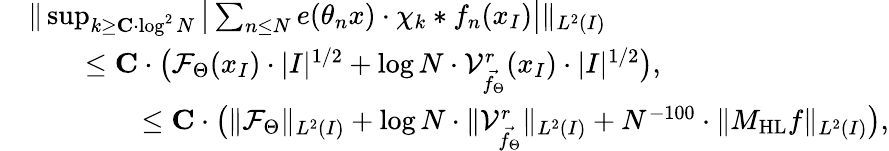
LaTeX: \begin{array}{rl}&{\| \operatorname*{sup}_{k\geq\mathbf{C}\cdot\log^{2}N}\big|\sum_{n\leq N}e(\theta_{n}x)\cdot\chi_{k}*f_{n}(x_{I})\big|\| _{L^{2}(I)}}\\ &{\qquad\leq\mathbf{C}\cdot\big(\mathcal{F}_{\Theta}(x_{I})\cdot|I|^{1/2}+\log N\cdot\mathcal{V}_{\vec{f_{\Theta}}}^{r}(x_{I})\cdot|I|^{1/2}\big),}\\ &{\qquad\qquad\leq\mathbf{C}\cdot\big(\| \mathcal{F}_{\Theta}\| _{L^{2}(I)}+\log N\cdot\| \mathcal{V}_{\vec{f_{\Theta}}}^{r}\| _{L^{2}(I)}+N^{-100}\cdot\| M_{\mathrm{HL}}f\| _{L^{2}(I)}\big),}\end{array}